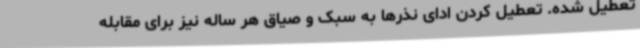
تعطیل شده. تعطیل کردن ادای نذرها به سبک و صیاق هر ساله نیز برای مقابله